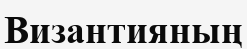
Византияның